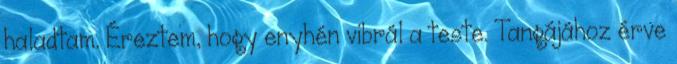
haladtam. Éreztem, hogy enyhén vibrál a teste. Tangájához érve